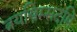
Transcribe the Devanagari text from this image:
त्रयस्त्रिम्सदमि